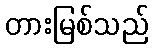
တားမြစ်သည်